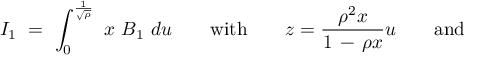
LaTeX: I _ { 1 } \ = \ \int _ { 0 } ^ { \frac { 1 } { \sqrt { \rho } } } \ x \ B _ { 1 } \ d u \qquad \mathrm { w i t h } \qquad { \displaystyle z = { \frac { \rho ^ { 2 } x } { 1 \, - \, \rho x } } u } \qquad \mathrm { a n d }